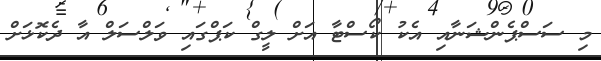
މި ސަސްޕެންޝަނާއި އެކު ކޯސްޓާ އަށް ލީގް ކަޕްގައި ވަލްސަލް އާ ދެކޮޅަށް